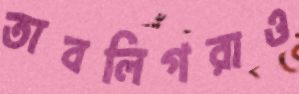
তাবলিগরাও